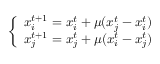
\left\{ \begin{array} { l l } { x _ { i } ^ { t + 1 } = x _ { i } ^ { t } + \mu ( x _ { j } ^ { t } - x _ { i } ^ { t } ) } \\ { x _ { j } ^ { t + 1 } = x _ { j } ^ { t } + \mu ( x _ { i } ^ { t } - x _ { j } ^ { t } ) } \end{array} \right.